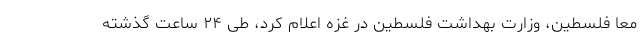
معا فلسطین، وزارت بهداشت فلسطین در غزه اعلام کرد، طی ۲۴ ساعت گذشته